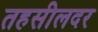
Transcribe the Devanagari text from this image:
तहसीलदर